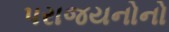
પરાજયનોનો